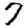
Digit: 7